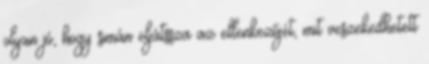
olyan jó, hogy simán eljátssza az ellenkezőjét, mit veszekedhetett